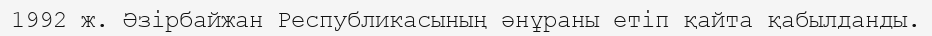
1992 ж. Әзірбайжан Республикасының әнұраны етіп қайта қабылданды.